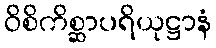
ဝိစိကိစ္ဆာပရိယုဋ္ဌာနံ